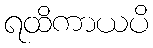
ရထိကာယပိ